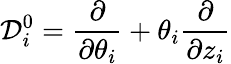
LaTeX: {\cal D}_{i}^{0}={\frac{\partial}{\partial\theta_{i}}}+\theta_{i}{\frac{\partial}{\partial z_{i}}}